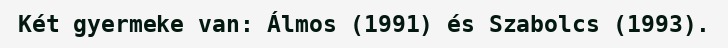
Két gyermeke van: Álmos (1991) és Szabolcs (1993).